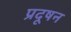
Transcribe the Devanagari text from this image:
प्रदूषन